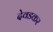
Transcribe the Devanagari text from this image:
देवडकर